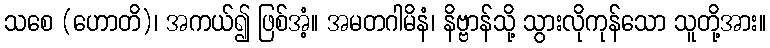
သစေ (ဟောတိ)၊ အကယ်၍ ဖြစ်အံ့။ အမတဂါမိနံ၊ နိဗ္ဗာန်သို့ သွားလိုကုန်သော သူတို့အား။